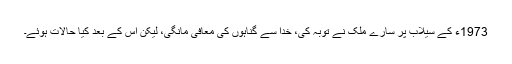
1973ء کے سیلاب پر سارے ملک نے توبہ کی، خدا سے گناہوں کی معافی مانگی، لیکن اس کے بعد کیا حالات ہوئے۔